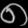
Digit: ၈